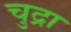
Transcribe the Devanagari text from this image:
चुद्रा